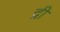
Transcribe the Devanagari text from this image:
द्री